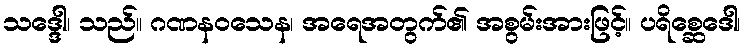
သဒ္ဒေါ၊ သည်။ ဂဏနဝသေန၊ အရေအတွက်၏ အစွမ်းအားဖြင့်။ ပရိစ္ဆေဒေါ၊